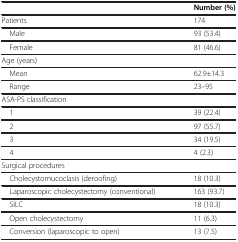
|  | Number (%) |
 | --- | --- |
 | Patients | 174 |
 | Male | 93 (53.4) |
 | Female | 81 (46.6) |
 | Age (years) |  |
 | Mean | 62.9±14.3 |
 | Range | 23–95 |
 | ASA-PS classification |  |
 | 1 | 39 (22.4) |
 | 2 | 97 (55.7) |
 | 3 | 34 (19.5) |
 | 4 | 4 (2.3) |
 | Surgical procedures |  |
 | Cholecystomucoclasis (deroofing) | 18 (10.3) |
 | Laparoscopic cholecystectomy (conventional) | 163 (93.7) |
 | SILC | 18 (10.3) |
 | Open cholecystectomy | 11 (6.3) |
 | Conversion (laparoscopic to open) | 13 (7.5) |